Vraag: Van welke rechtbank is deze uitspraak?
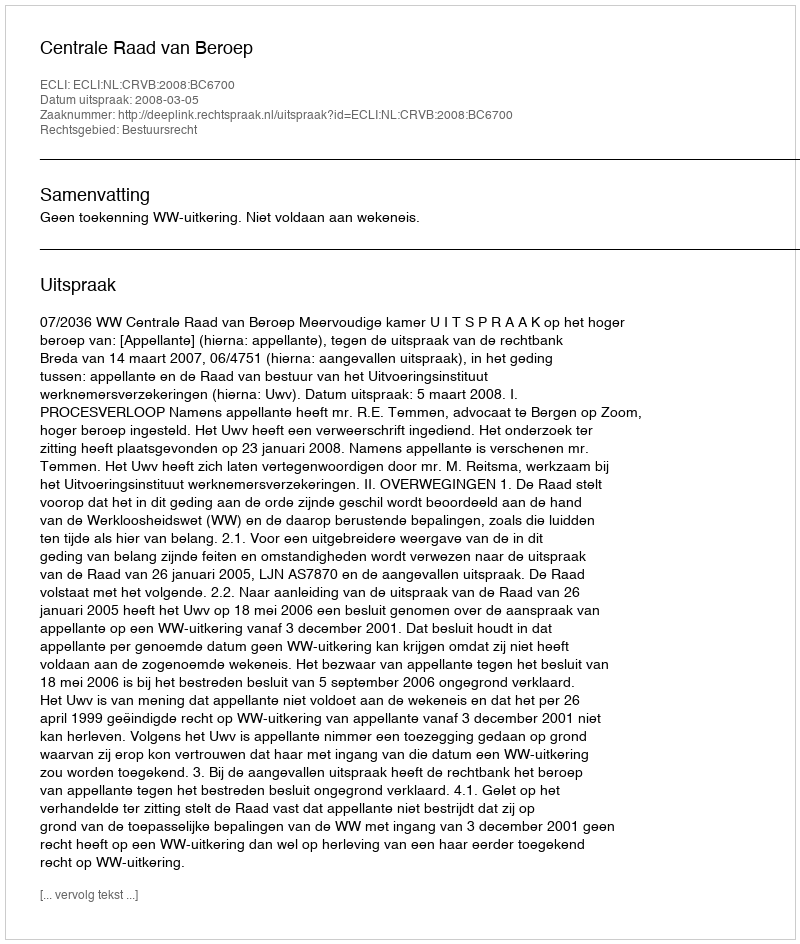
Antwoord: Centrale Raad van Beroep